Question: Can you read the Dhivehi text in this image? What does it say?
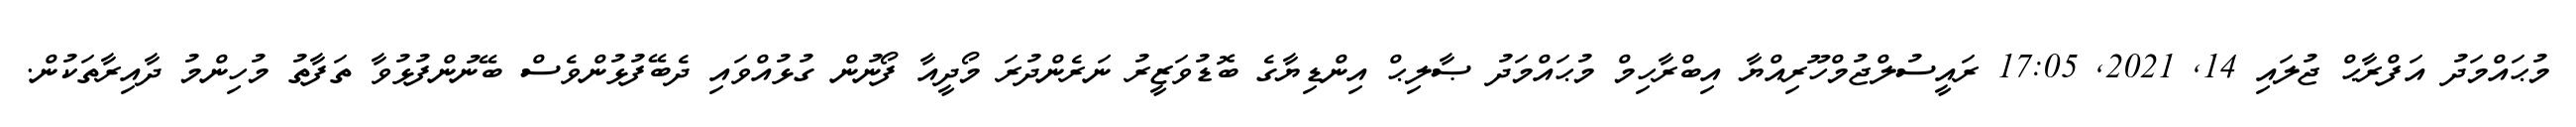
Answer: މުޙައްމަދު އަފްރާޙް ޖުލައި 14, 2021, 17:05 ރައީސުލްޖުމްހޫރިއްޔާ އިބްރާހިމް މުޙައްމަދު ޞާލިޙް އިންޑިޔާގެ ބޮޑުވަޒީރު ނަރެންދުރަ މޯދީއާ ފޯނުން ގުޅުއްވައި ދެބޭފުޅުންވެސް ބޭނުންފުޅުވާ ތަފާތު މުހިންމު ދާއިރާތަކުން.